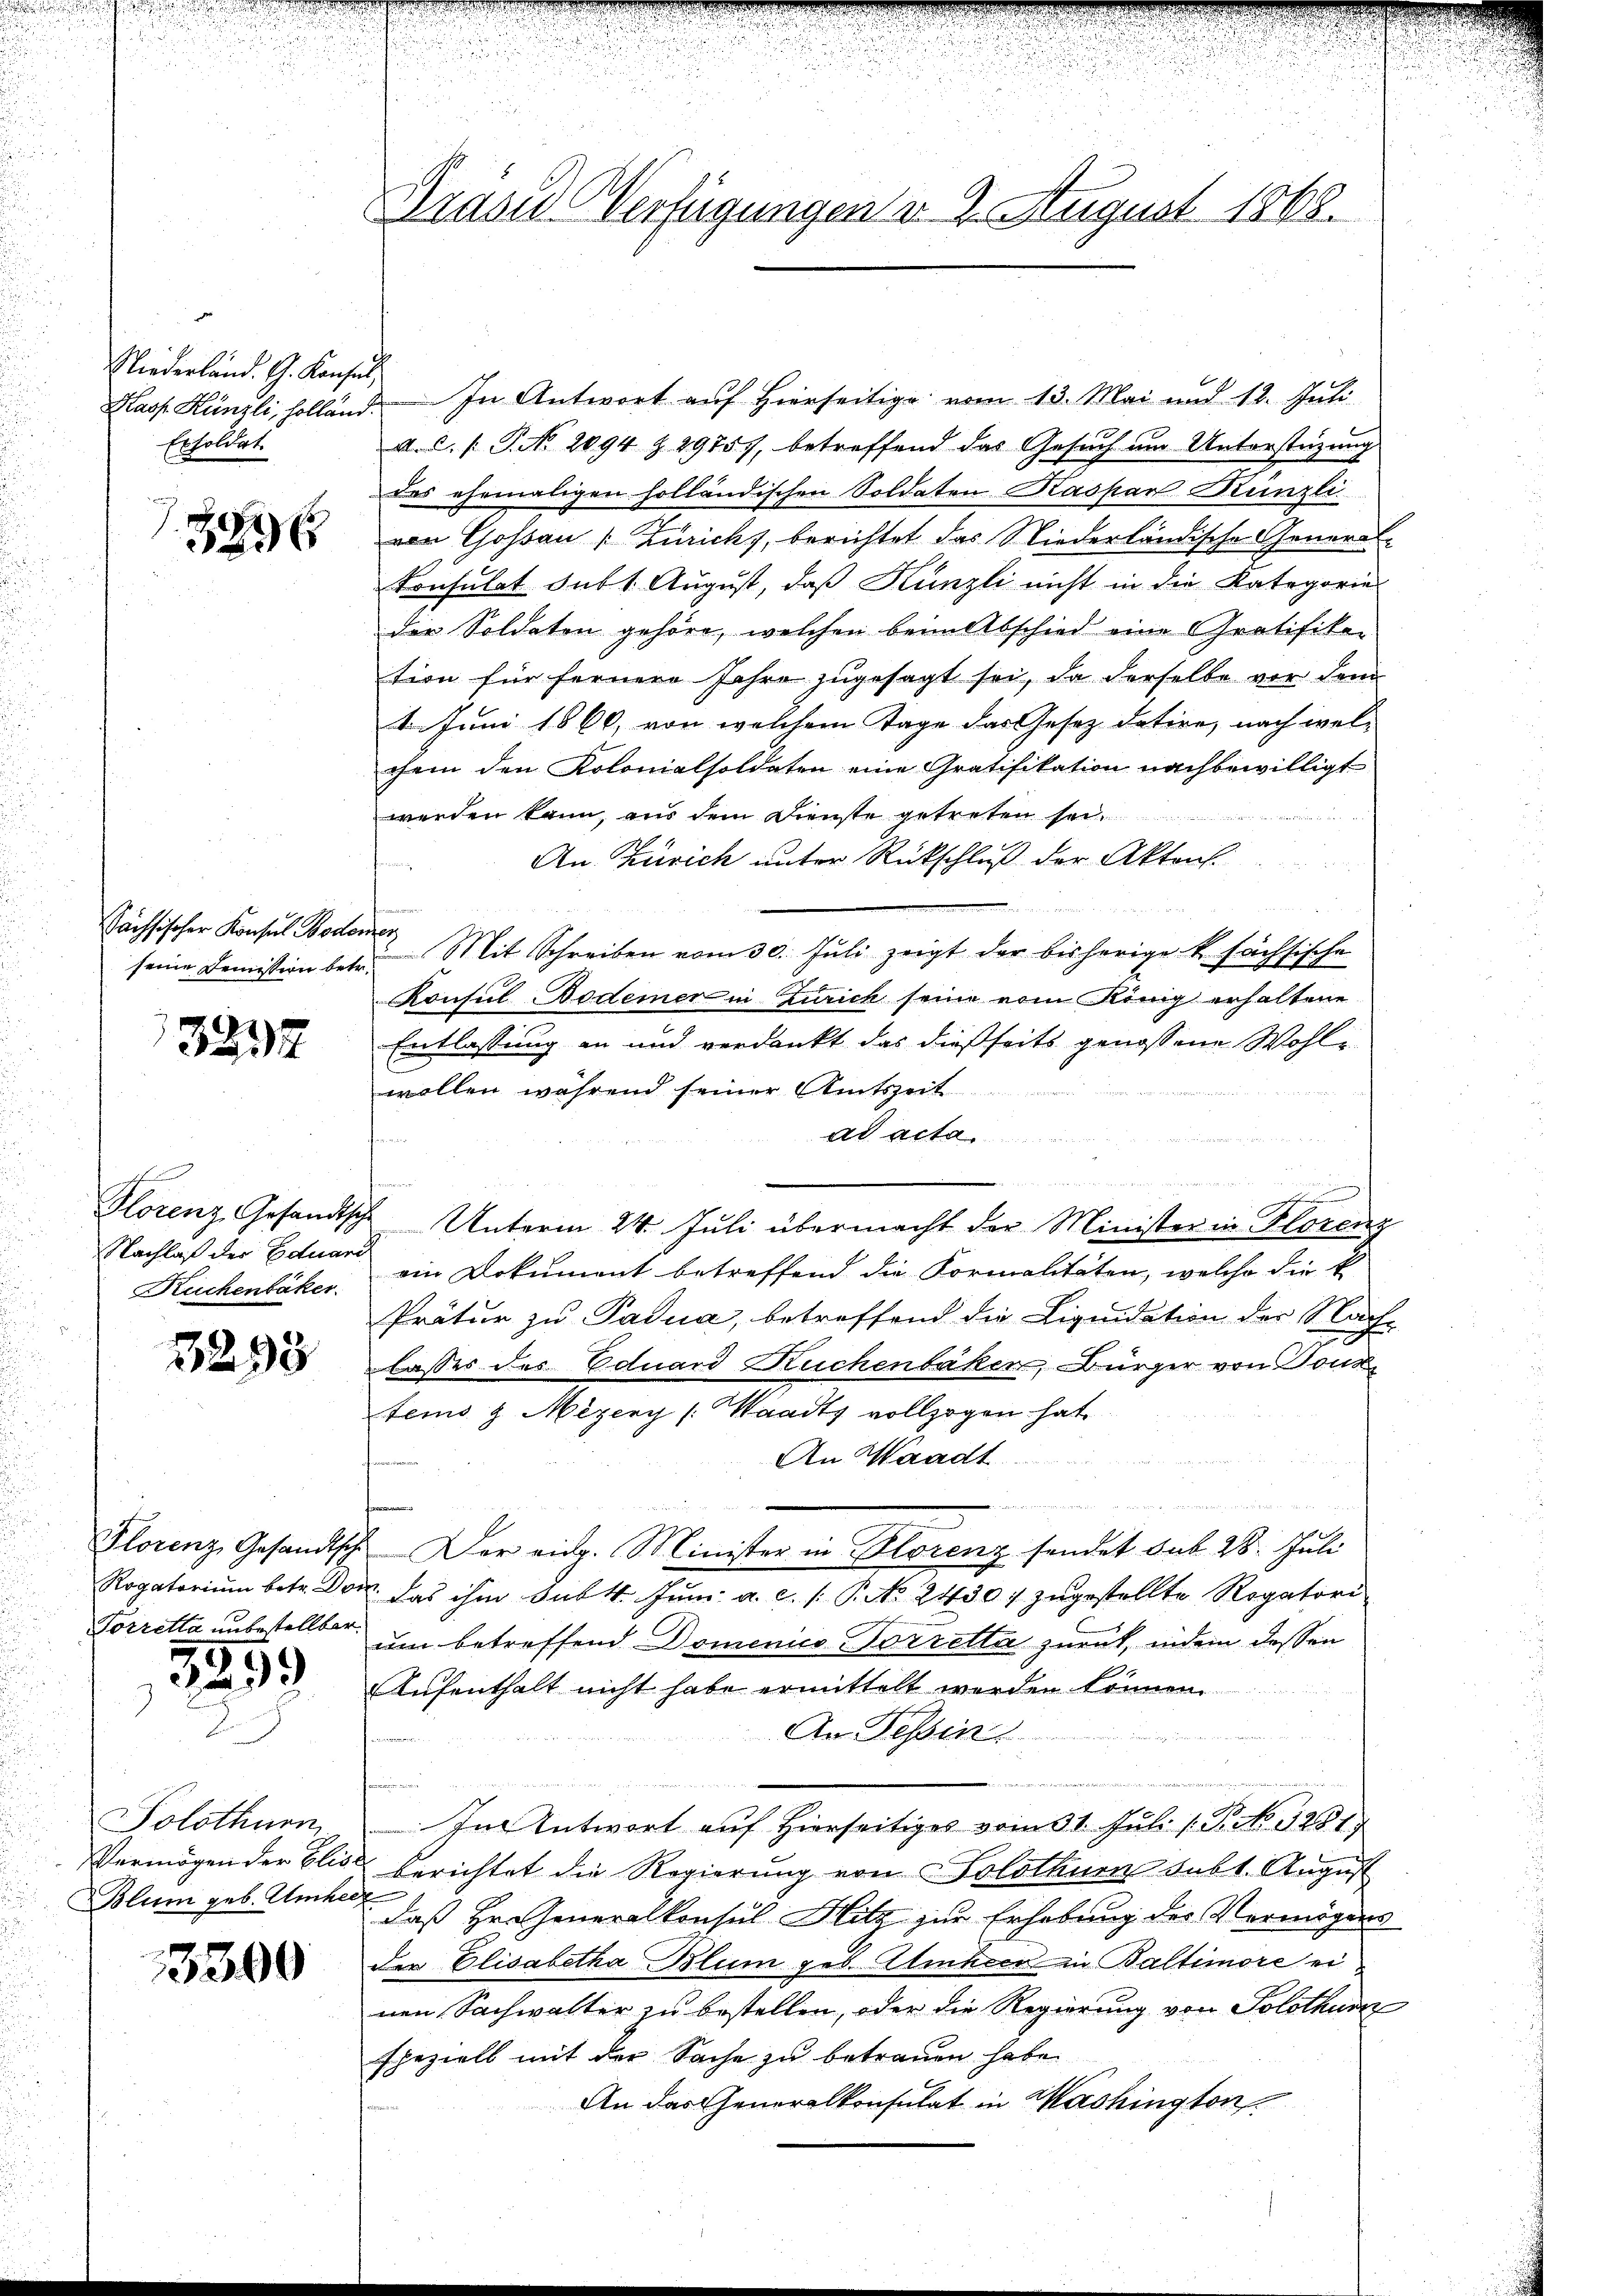
Niederland. G. Konsul
Ersoldat

1886

Sächsischer Konsul Bodenzen

3237

Ruchenbaker

3298

Rogatorium betr. Dor
1299

Solothurn,
Vermögen der Elise
Blum geb. Amhee

3300

Gräsd Verfügungen d. 2. August 1868.

Hasp. Künzli, Holland. In Antwort auf Hierseitige vom 13. Mai und 12. Juli
A. G. P. P. No. 2094 § 29757, betreffend das Gesuch um Unterstüzung
des ehemaligen holländischen Soldaten Kaspar Künzli
von Gossau Zürichs, berichtet das Niederländische General¬
Konsulat sub 1. August, daß Künzli nicht in die Kategorie
der Soldaten gehöre, welchen beim Abschied eine Gratifikation für fernere Jahre zugesagt sei, da derselbe vor dem
4. Juni 1866, von welchem Tage das Gesez datire, nach wel-
chem den Kolonialsoldaten eine Gratifikation nachbewilligt
werden kann, aus dem Dienste getreten sei
 des
An Zürich unter Rückschluß der Aktens
 n 2.
seine Demission betr. Mit Schreiben vom 30. Jŭli zeigt der bisherige k. sächsische
Konsul Bodemer in Zürich seine vom König erhaltene
Entlassung in und verdankt das dießseits genossene Wohlwollen während seiner Amtszeit

ad acta
e
Hlorenz, Gesandtsche Unterm 24. Juli übermacht der Minister in Florenz
Nachlaß der Eduard ein Dokument betreffend die Formalitäten, welche die k
Prätur zu Padua, betreffend die Liquidation der Nach-
lasses des Eduard Kuchenbaker, Bürger von Tous
tems & Meyery (Waadt vollzogen hat
An Waadt
Florenz Gesandtsch. Der rich. Minister in Florenz sendet sub 28. Juli
. das ihm sub t Juni a. c. /: P. No. 24307 zugestellte Rogatori¬
Forretta unbestellter um betreffend Domenico Porretta zurück, indem dessen
Aufenthalt nicht habe ermittelt werden können.
An Tessin.
In Antwort auf Hierseitiges vom 31. Juli 1. P. No. 3281
berichtet die Regierung von Solothurn subt. August
¬
daß Hr. Generalkonsul Hitz zur Erhebung der Vermögens
der Elisabetha Blum geb. Umheer in Baltimore ei
nen Sachwalter zu bestellen, oder die Regierung von Solothur
speziell mit der Sache zu betrauen habe.
An das Generalkonsulat in Washington